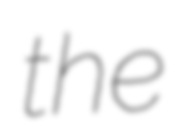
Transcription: the